Annual administration report of the Civil Veterinary Department of India - 1894-1895
Year: 1894
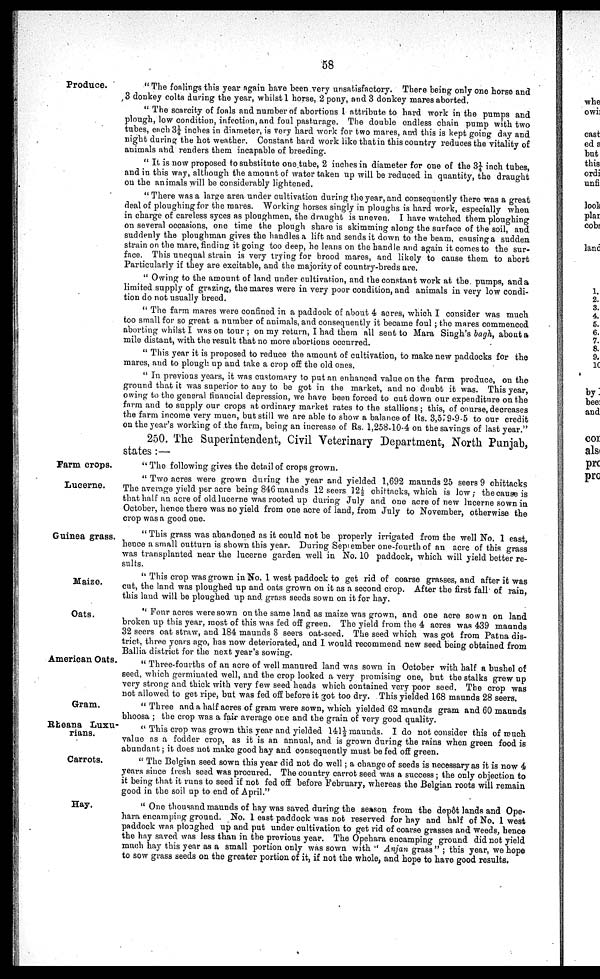
58
Produce.
" The foalings this year again have been very unsatisfactory. There being only one horse and
3 donkey colts during the year, whilst 1 horse, 2 pony, and 3 donkey mares aborted.
" The scarcity of foals and number of abortions I attribute to hard work in the pumps and
plough, low condition, infection, and foul pasturage. The double endless chain pump with two
tubes, each 3¼ inches in diameter, is very hard work for two mares, and this is kept going day and
night during the hot weather. Constant hard work like that in this country reduces the vitality of
animals and renders them incapable of breeding.
" It is now proposed to substitute one tube, 2 inches in diameter for one of the 3¼ inch tubes,
and in this way, although the amount of water taken up will be reduced in quantity, the draught
on the animals will be considerably lightened.
" There was a large area under cultivation during the year, and consequently there was a great
deal of ploughing for the mares. Working horses singly in ploughs is hard work, especially when
in charge of careless syces as ploughmen, the draught is uneven. I have watched them ploughing
on several occasions, one time the plough share is skimming along the surface of the soil, and
suddenly the ploughman gives the handles a lift and sends it down to the beam, causing a sudden
strain on the mare, finding it going too deep, he leans on the handle and again it comes to the sur-
face. This unequal strain is very trying for brood mares, and likely to cause them to abort
Particularly if they are excitable, and the majority of country-breds are.
" Owing to the amount of land under cultivation, and the constant work at the pumps, and a
limited supply of grazing, the mares were in very poor condition, and animals in very low condi-
tion do not usually breed.
" The farm mares were confined in a paddock of about 4 acres, which I consider was much
too small for so great a number of animals, and consequently it became foul ; the mares commenced
aborting whilst I was on tour ; on my return, I had them all sent to Mara Singh's bagh, about a
mile distant, with the result that no more abortions occurred.
" This year it is proposed to reduce the amount of cultivation, to make new paddocks for the
mares, and to plough up and take a crop off the old ones.
" In previous years, it was customary to put an enhanced value on the farm produce, on the
ground that it was superior to any to be got in the market, and no doubt it was. This year,
owing to the general financial depression, we have been forced to cut down our expenditure on the
farm and to supply our crops at ordinary market rates to the stallions ; this, of course, decreases
the farm income very much, but still we are able to show a balance of Rs. 3,579-9-5 to our credit
on the year's working of the farm, being an increase of Rs. 1,258-10-4 on the savings of last year."
250. The Superintendent, Civil Veterinary Department, North Punjab,
states :—
Farm crops.
" The following gives the detail of crops grown.
Lucerne.
" Two acres were grown during the year and yielded 1,692 maunds 25 seers 9 chittacks
The average yield per acre being 846 maunds 12 seers 12½ chittacks, which is low; the cause is
that half an acre of old lucerne was rooted up during July and one acre of new lucerne sown in
October, hence there was no yield from one acre of land, from July to November, otherwise the
crop was a good one.
Guinea grass.
" This grass was abandoned as it could not be properly irrigated from the well No. 1 east,
hence a small outturn is shown this year. During September one-fourth of an acre of this grass
was transplanted near the lucerne garden well in No. 10 paddock, which will yield better re-
sults.
Maize.
" This crop was grown in No. 1 west paddock to get rid of coarse grasses, and after it was
cut, the land was ploughed up and oats grown on it as a second crop. After the first fall of rain,
this land will be ploughed up and grass seeds sown on it for hay.
Oats.
" Four acres were sown on the same land as maize was grown, and one acre sown on land
broken up this year, most of this was fed off green. The yield from the 4 acres was 439 maunds
32 seers oat straw, and 184 maunds 8 seers oat-seed. The seed which was got from Patna dis-
trict, three years ago, has now deteriorated, and I would recommend new seed being obtained from
Ballia district for the next year's sowing.
American Oats.
" Three-fourths of an acre of well manured land was sown in October with half a bushel of
seed, which germinated well, and the crop looked a very promising one, but the stalks grew up
very strong and thick with very few seed heads which contained very poor seed. The crop was
not allowed to get ripe, but was fed off before it got too dry. This yielded 168 maunds 28 seers.
Gram.
" Three and a half acres of gram were sown, which yielded 62 maunds gram and 60 maunds
bhoosa ; the crop was a fair average one and the grain of very good quality.
Rheana Luxu-
rians.
" This crop was grown this year and yielded 141½ maunds. I do not consider this of much
value as a fodder crop, as it is an annual, and is grown during the rains when green food is
abundant; it does not make good hay and consequently must be fed off green.
Carrots.
" The Belgian seed sown this year did not do well; a change of seeds is necessary as it is now 4
years since fresh seed was procured. The country carrot seed was a success ; the only objection to
it being that it runs to seed if not fed off before February, whereas the Belgian roots will remain
good in the soil up to end of April."
Hay.
" One thousand maunds of hay was saved during the season from the depôt lands and Ope-
hara encamping ground. No. 1 east paddock was not reserved for hay and half of No. 1 west
paddock was ploughed up and put under cultivation to get rid of coarse grasses and weeds, hence
the hay saved was less than in the previous year. The Opehara encamping ground did not yield
much hay this year as a small portion only was sown with " Anjan grass " ; this year, we hope
to sow grass seeds on the greater portion of it, if not the whole, and hope to have good results.